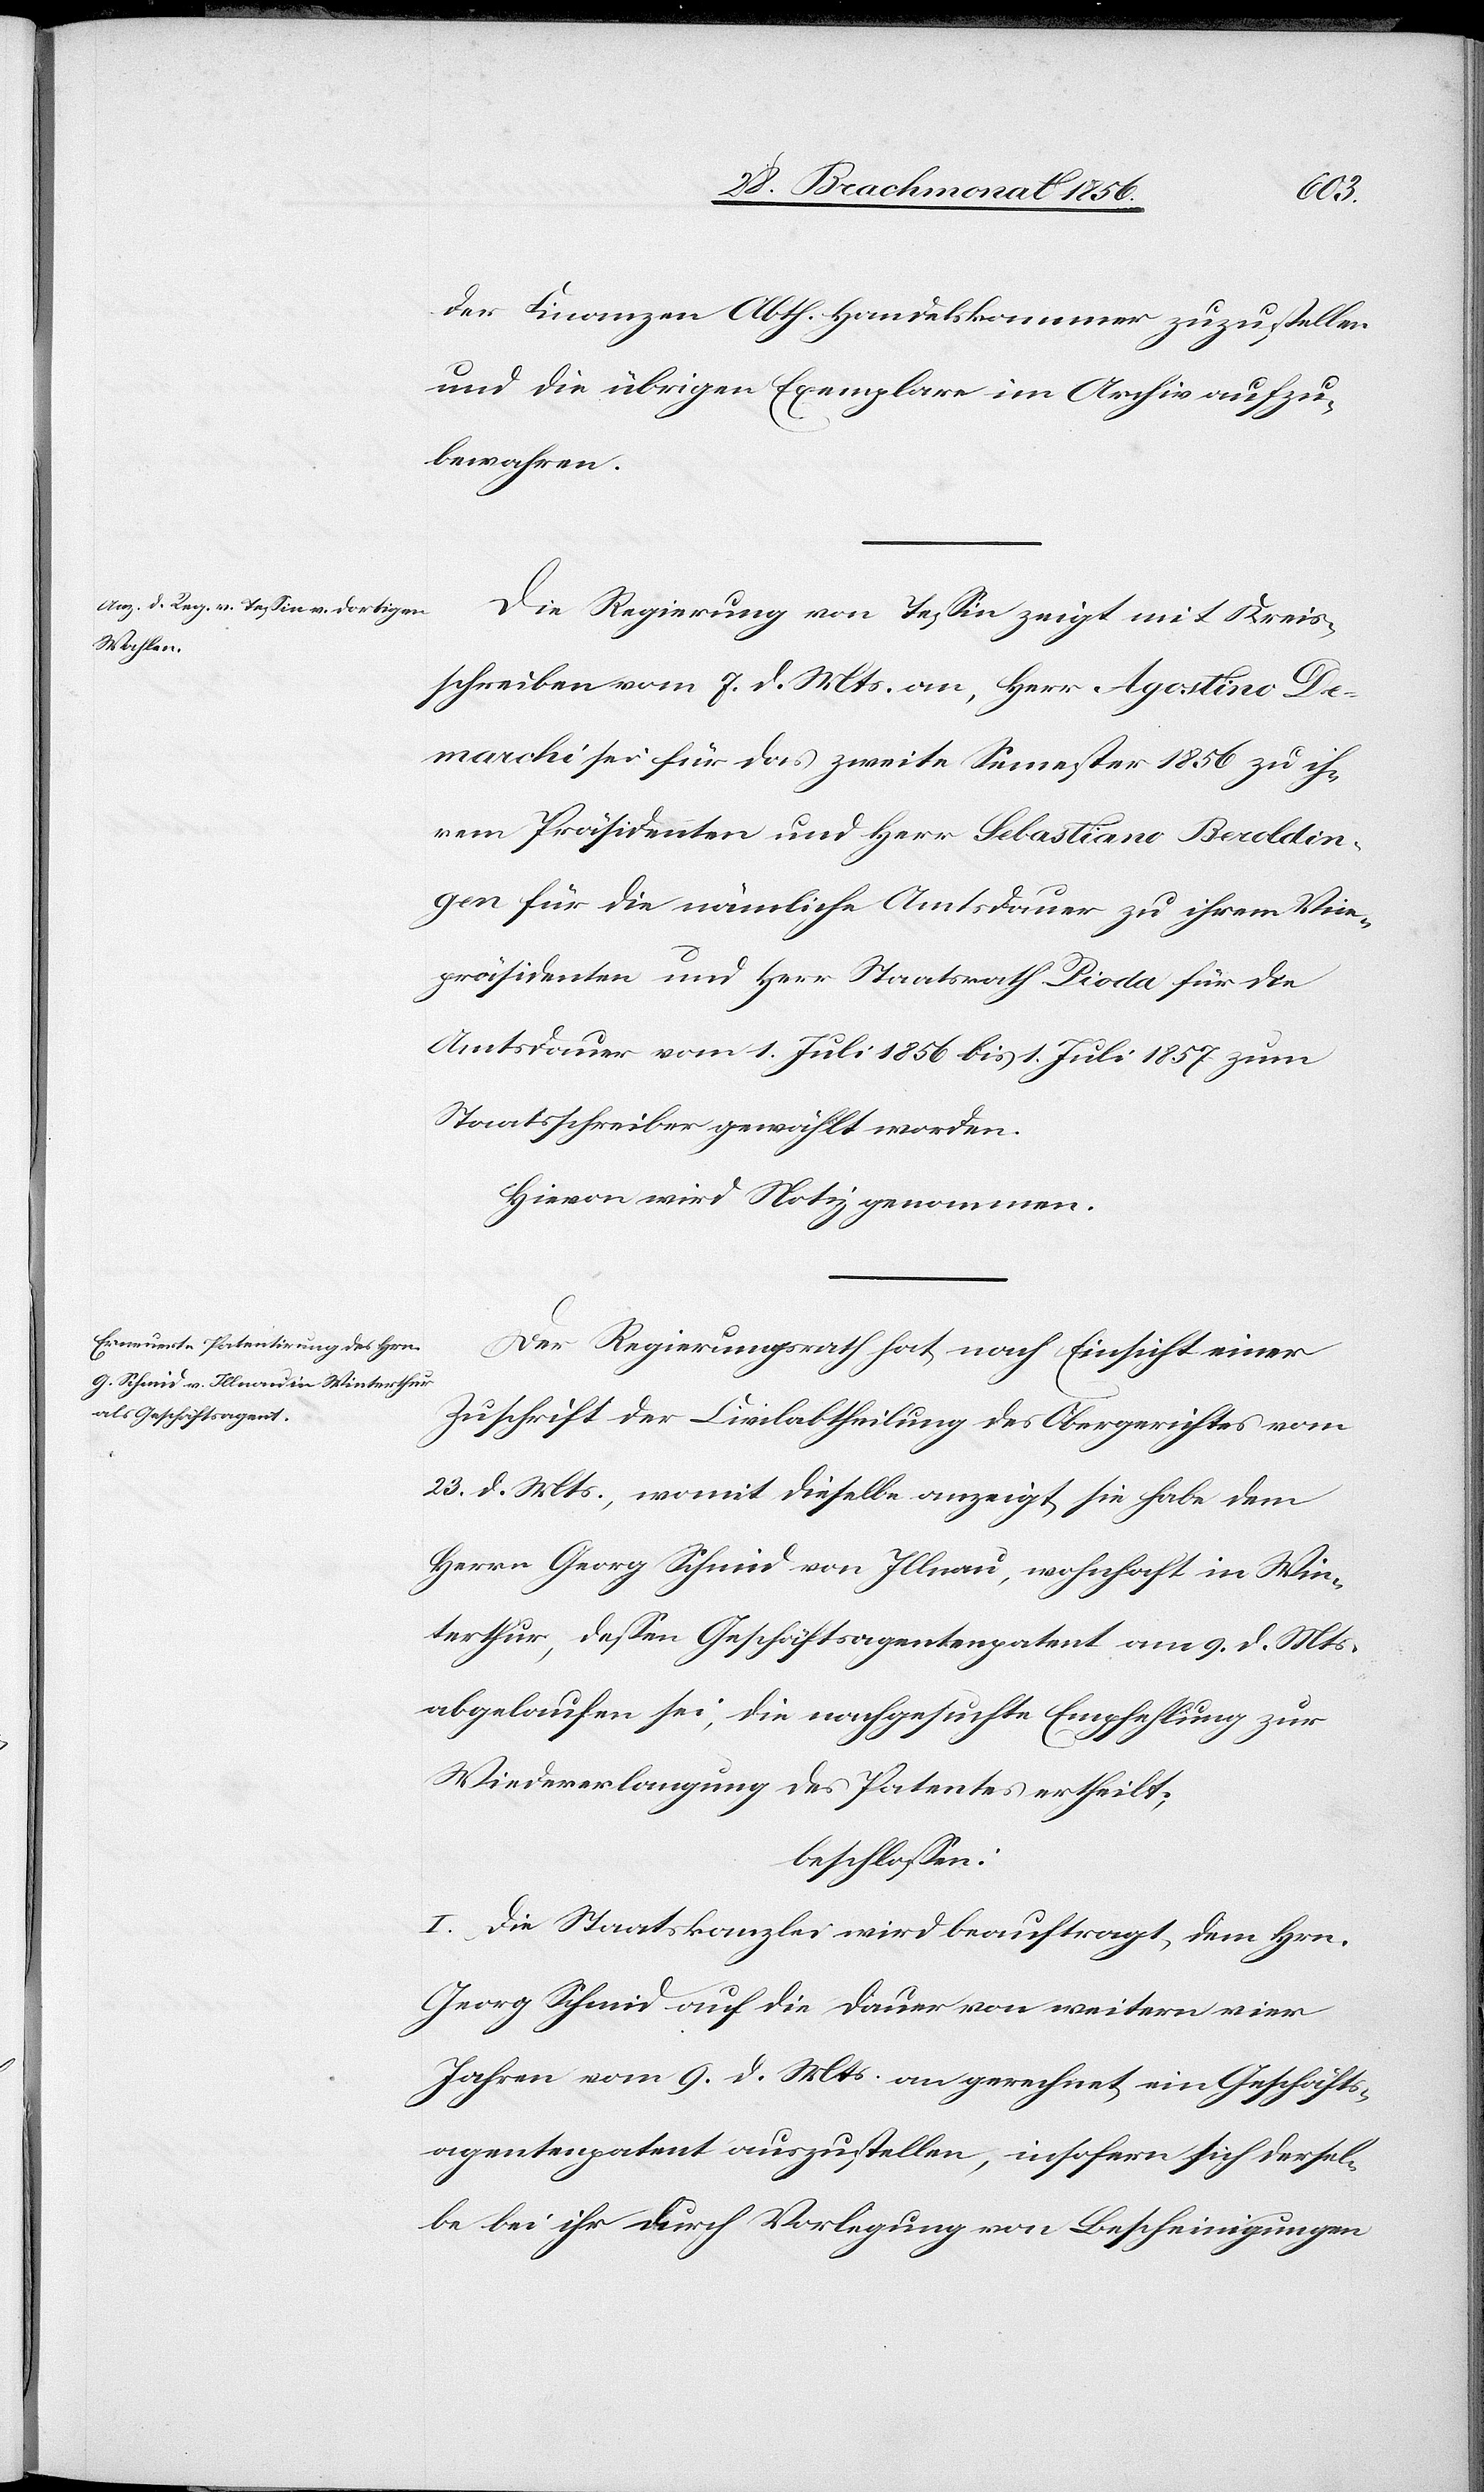
der Finanzen Abth. Handelskammer zuzustellen
und die übrigen Exemplare im Archiv aufzu¬
bewahren.
Die Regierung von Tessin zeigt mit Kreis¬
schreiben vom 7. d. Mts. an, Herr Agostino De¬
marchi sei für das zweite Semester 1856 zu ih¬
rem Präsidenten und Herr Sebastiano Beroldin¬
gen für die nämliche Amtsdauer zu ihrem Vice¬
präsidenten und Herr Staatsrath Pioda für die
Amtsdauer vom 1. Juli 1856 bis 1. Juli 1857 zum
Staatsschreiber gewählt worden.
Hievon wird Notiz genommen.
Der Regierungsrath hat nach Einsicht einer
Zuschrift der Civilabtheilung des Obergerichtes vom
23. d. Mts., womit dieselbe anzeigt, sie habe dem
Herrn Georg Schmid von Illnau, wohnhaft in Win¬
terthur, dessen Geschäftsagentenpatent am 9. d. Mts.
abgelaufen sei, die nachgesuchte Empfehlung zur
Wiedererlangung des Patentes ertheilt;
beschlossen:
I. Die Staatskanzlei wird beauftragt, dem Hrn.
Georg Schmid auf die Dauer von weitern vier
Jahren vom 9. d. Mts. an gerechnet ein Geschäfts¬
agentenpatent auszustellen, insofern sich dersel¬
be bei ihr durch Vorlegung von Bescheinigungen